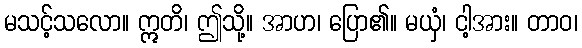
မသင့်သလော။ ဣတိ၊ ဤသို့။ အာဟ၊ ပြော၏။ မယှံ၊ ငါ့အား။ တာဝ၊